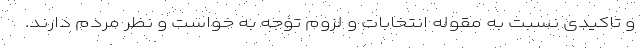
و تاکیدی نسبت به مقوله انتخابات و لزوم توجه به خواست و نظر مردم دارند.